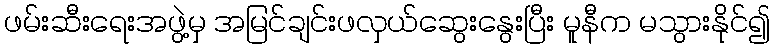
ဖမ်းဆီးရေးအဖွဲ့မှ အမြင်ချင်းဖလှယ်ဆွေးနွေးပြီး မူနီက မသွားနိုင်၍